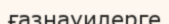
ғазнауилерге